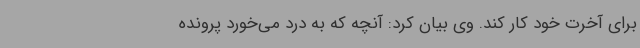
برای آخرت خود کار کند. وی بیان کرد: آنچه که به درد می‌خورد پرونده